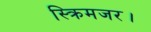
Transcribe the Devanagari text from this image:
स्क्रिमजर।